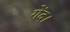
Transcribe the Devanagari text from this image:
गेंद।